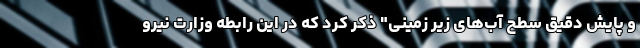
و پایش دقیق سطح آب‌های زیر زمینی" ذکر کرد که در این رابطه وزارت نیرو